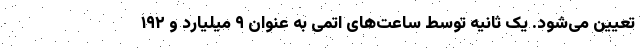
تعیین می‌شود. یک ثانیه توسط ساعت‌های اتمی به عنوان ۹ میلیارد و ۱۹۲